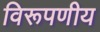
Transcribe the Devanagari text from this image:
विरूपणीय